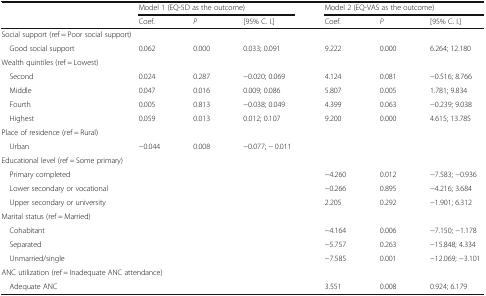
<table><thead><tr><td></td><td colspan="3"><b>Model 1 (EQ-5D as the outcome)</b></td><td colspan="3"><b>Model 2 (EQ-VAS as the outcome)</b></td></tr><tr><td></td><td><b>Coef.</b></td><td><b><i>P</i></b></td><td><b>[95% C. I.]</b></td><td><b>Coef.</b></td><td><b><i>P</i></b></td><td><b>[95% C. I.]</b></td></tr></thead><tbody><tr><td colspan="7">Social support (ref = Poor social support)</td></tr><tr><td> Good social support</td><td>0.062</td><td>0.000</td><td>0.033; 0.091</td><td>9.222</td><td>0.000</td><td>6.264; 12.180</td></tr><tr><td colspan="7">Wealth quintiles (ref = Lowest)</td></tr><tr><td> Second</td><td>0.024</td><td>0.287</td><td>−0.020; 0.069</td><td>4.124</td><td>0.081</td><td>−0.516; 8.766</td></tr><tr><td> Middle</td><td>0.047</td><td>0.016</td><td>0.009; 0.086</td><td>5.807</td><td>0.005</td><td>1.781; 9.834</td></tr><tr><td> Fourth</td><td>0.005</td><td>0.813</td><td>−0.038; 0.049</td><td>4.399</td><td>0.063</td><td>−0.239; 9.038</td></tr><tr><td> Highest</td><td>0.059</td><td>0.013</td><td>0.012; 0.107</td><td>9.200</td><td>0.000</td><td>4.615; 13.785</td></tr><tr><td colspan="7">Place of residence (ref = Rural)</td></tr><tr><td> Urban</td><td>−0.044</td><td>0.008</td><td>−0.077; − 0.011</td><td></td><td></td><td></td></tr><tr><td colspan="7">Educational level (ref = Some primary)</td></tr><tr><td> Primary completed</td><td></td><td></td><td></td><td>−4.260</td><td>0.012</td><td>−7.583; −0.936</td></tr><tr><td> Lower secondary or vocational</td><td></td><td></td><td></td><td>−0.266</td><td>0.895</td><td>−4.216; 3.684</td></tr><tr><td> Upper secondary or university</td><td></td><td></td><td></td><td>2.205</td><td>0.292</td><td>−1.901; 6.312</td></tr><tr><td colspan="7">Marital status (ref = Married)</td></tr><tr><td> Cohabitant</td><td></td><td></td><td></td><td>−4.164</td><td>0.006</td><td>−7.150; −1.178</td></tr><tr><td> Separated</td><td></td><td></td><td></td><td>−5.757</td><td>0.263</td><td>−15.848; 4.334</td></tr><tr><td> Unmarried/single</td><td></td><td></td><td></td><td>−7.585</td><td>0.001</td><td>−12.069; −3.101</td></tr><tr><td colspan="7">ANC utilization (ref = Inadequate ANC attendance)</td></tr><tr><td> Adequate ANC</td><td></td><td></td><td></td><td>3.551</td><td>0.008</td><td>0.924; 6.179</td></tr></tbody></table>